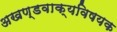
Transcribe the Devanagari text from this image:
अखण्डवाक्यविषयक